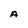
Character: A